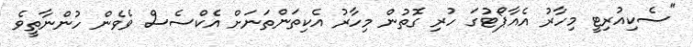
"ސެކިއުރިޓީ މިހާރު އެއާޕޯޓުގަ ހުރި ގޮތުން މިހާރު އެކިތަންތަނަށް އެކްސެސް ވެވެން ހުންނާތީވެ